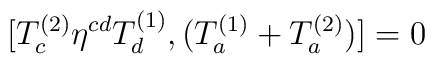
[T_c^{(2)} \eta^{cd} T_d^{(1)} ,(T_a^{(1)} + T_a^{(2)})] =0